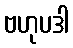
ဗဟုပဒါ